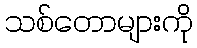
သစ်တောများကို